King Institute of Preventive Medicine Micro-Biological Section reports 1909-11
Year: 1909
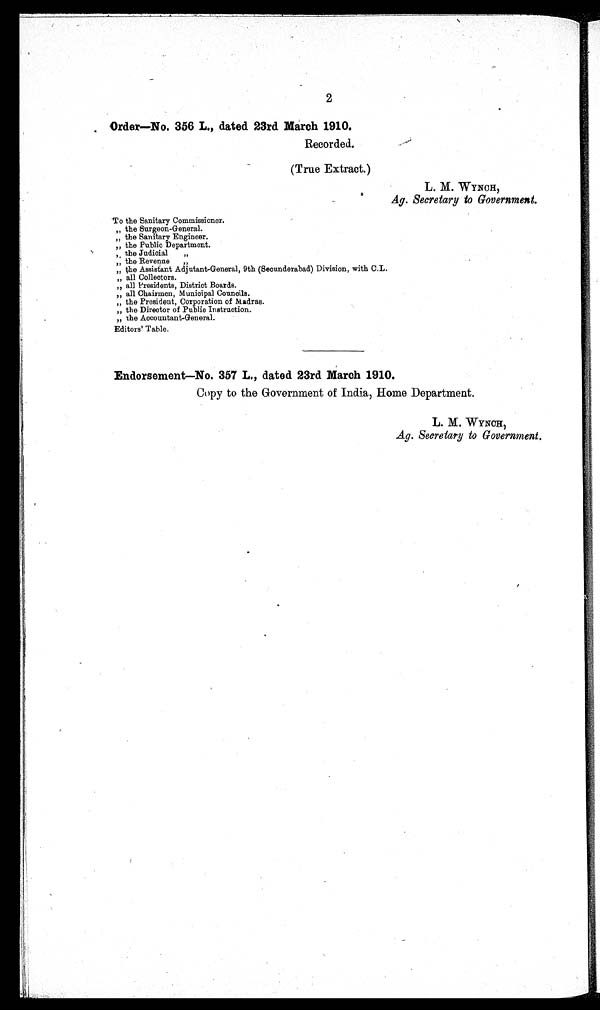
2
Order—No. 356 L., dated 23rd March 1910.
Recorded.
(True Extract.)
L. M. WYNCH,
Aye. Secretary to Government.
To the Sanitary Commissioner.
„ the Surgeon-General.
„ the Sanitary Engineer.
„ the Public Department.
the Judicial
„
„ the Revenue „
„ the Assistant Adjutant-General, 9th (Secunderabad) Division, with C.L.
„ all Collectors.
„ all Presidents, District Boards.
„ all Chairmen, Municipal Councils.
„ the President, Corporation of Madras.
„ the Director of Public Instruction.
„ the Accountant-General.
Editors' Table.
Endorsement—No. 357 L., dated 23rd March 1910.
Copy to the Government of India, Home Department.
L. M. WYNCH,